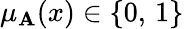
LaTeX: \mu_{\mathbf{A}}(x)\in\{ 0,\, 1\}